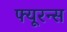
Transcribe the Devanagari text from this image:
फ्यूरन्स